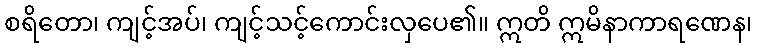
စရိတော၊ ကျင့်အပ်၊ ကျင့်သင့်ကောင်းလှပေ၏။ ဣတိ ဣမိနာကာရဏေန၊